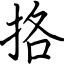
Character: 挌